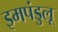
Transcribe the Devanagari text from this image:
इमपंडुलू